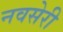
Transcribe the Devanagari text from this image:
नवसेरी